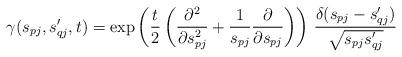
LaTeX: \begin{align*} \gamma(s_{pj},s_{qj}^\prime,t) = \exp\left(\frac{t}{2}\left(\frac{\partial^2}{\partial s_{pj}^2} +\frac{1}{s_{pj}}\frac{\partial}{\partial s_{pj}} \right) \right) \, \frac{\delta(s_{pj}-s_{qj}^\prime)}{\sqrt{s_{pj}s_{qj}^\prime}}\end{align*}